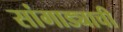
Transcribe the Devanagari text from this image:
सांगाड्याची